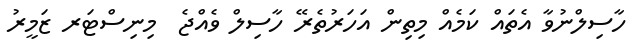
ހާސިލްނުވާ އެތައް ކަމެއް މިތިން އަހަރުތެރޭ ހާސިލް ވެއްޖެ  މިނިސްޓަރ ޒަމީރު